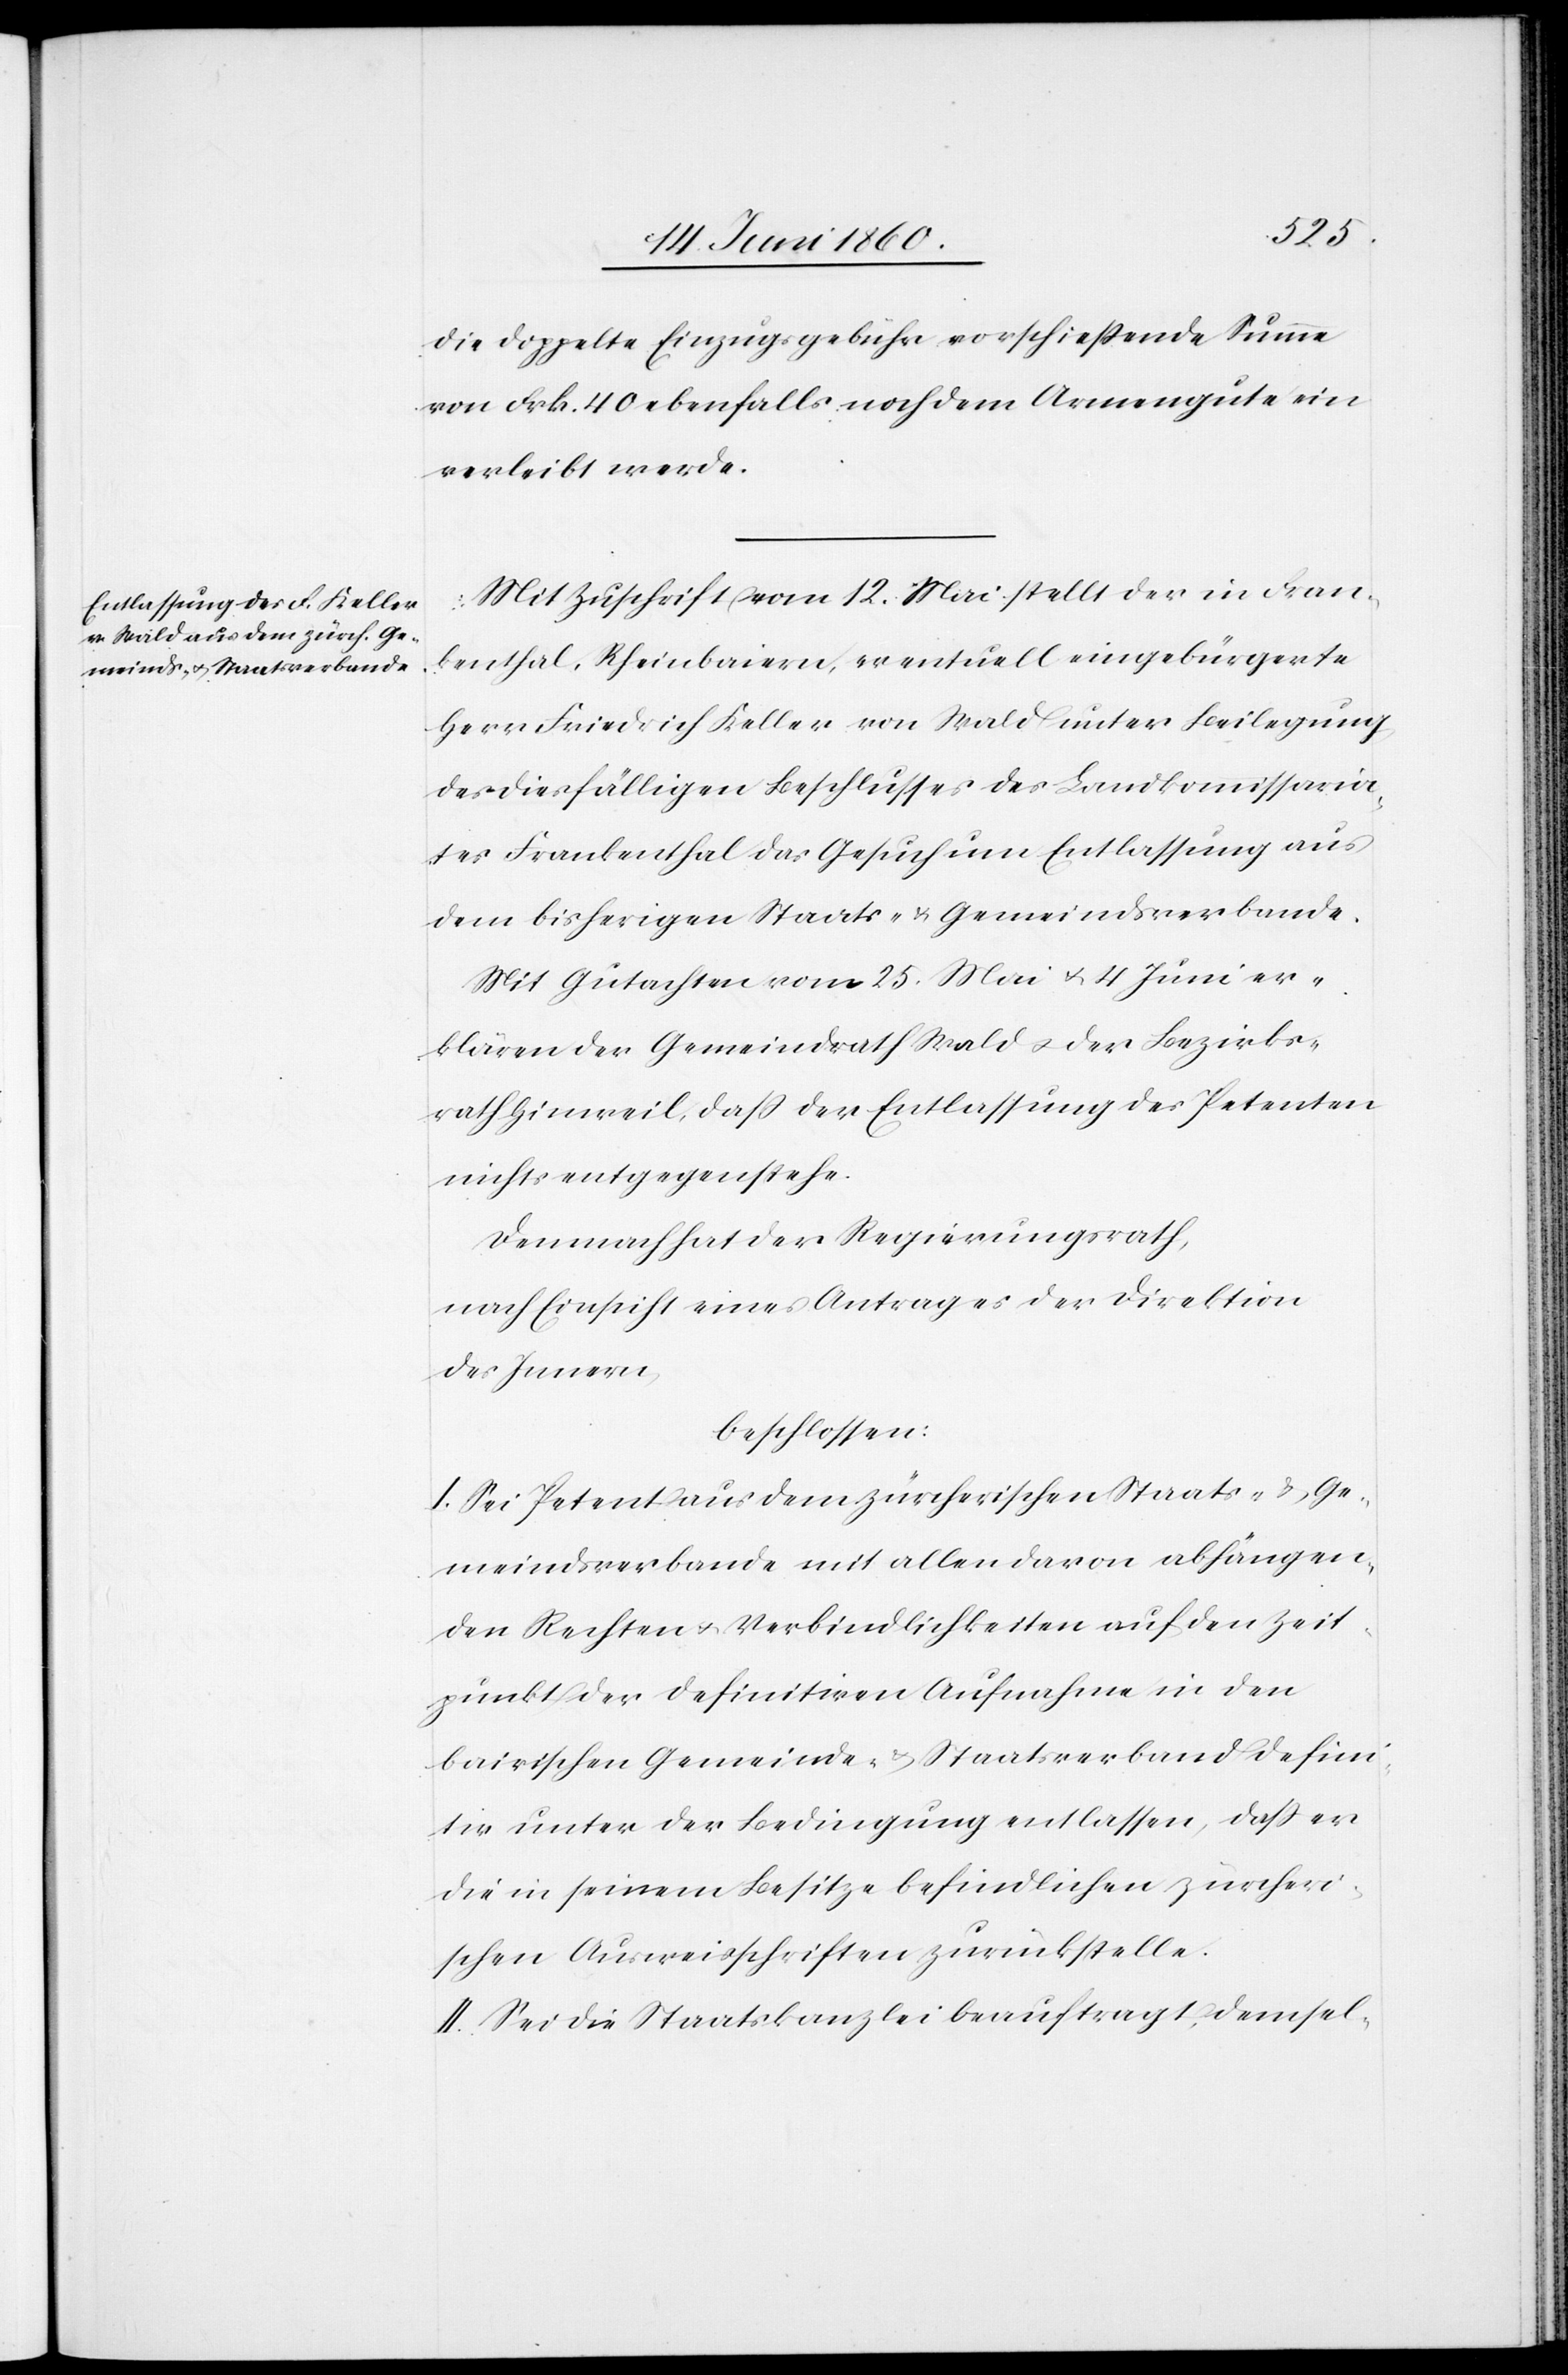
die doppelte Einzugsgebühr vorschießende Summe
von Frk. 400 ebenfalls noch dem Armengute ein¬
verleibt werde.
Mit Zuschrift vom 12. Mai stellt der in Fran¬
kenthal, Rheinbaiern, eventuell eingebürgerte
Herr Friedrich Keller von Wald unter Beilegung
des diesfälligen Beschlusses des Landkommissaria¬
tes Frankenthal das Gesuch um Entlassung aus
dem bisherigen Staats- u. Gemeindsverbande.
Mit Gutachten vom 25. Mai u. 4. Juni er¬
klären der Gemeindrath Wald u. der Bezirks¬
rath Hinweil, dass der Entlassung des Petenten
nichts entgegenstehe.
Demnach hat der Regierungsrath,
nach Einsicht eines Antrages der Direktion
des Innern,
beschlossen:
I. Sei Petent aus dem zürcherischen Staats- u. Ge¬
meindsverbande mit allen davon abhängen¬
den Rechten u. Verbindlichkeiten auf den Zeit¬
punkt der definitiven Aufnahme in den
bairischen Gemeinde- u. Staatsverband defini¬
tive unter der Bedingung entlassen, dass er
die in seinem Besitze befindlichen zürcheri¬
schen Ausweisschriften zurückstelle.
II. Sei die Staatskanzlei beauftragt, demsel-